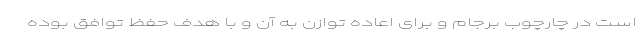
است در چارچوب برجام و برای اعاده توازن به آن و با هدف حفظ توافق بوده